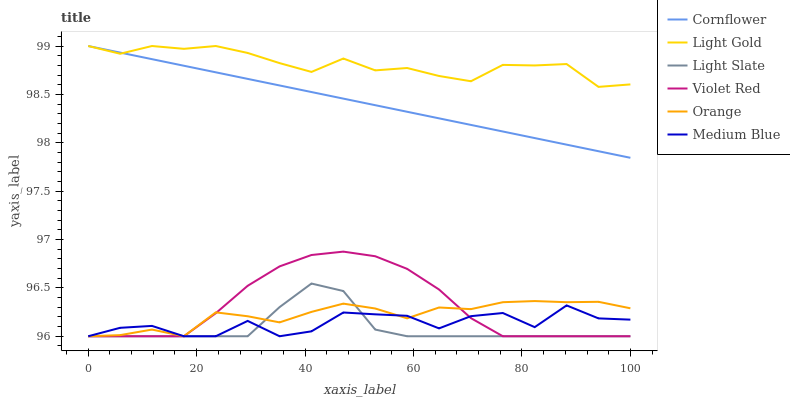
| xaxis_label | Cornflower | Light Gold | Light Slate | Violet Red | Orange | Medium Blue |
 | --- | --- | --- | --- | --- | --- | --- |
 | 0 | 99 | 99 | 96 | 96 | 96 | 96 |
 | 5.88 | 98.9 | 98.9 | 96 | 96 | 96 | 96.1 |
 | 11.8 | 98.9 | 99 | 96 | 96 | 96.1 | 96.1 |
 | 17.6 | 98.8 | 99 | 96 | 96 | 96 | 96 |
 | 23.5 | 98.7 | 99 | 96 | 96.2 | 96.2 | 96 |
 | 29.4 | 98.7 | 98.9 | 96 | 96.5 | 96.2 | 96.2 |
 | 35.3 | 98.6 | 98.8 | 96.3 | 96.7 | 96.1 | 96 |
 | 41.2 | 98.5 | 98.7 | 96.5 | 96.8 | 96.3 | 96.1 |
 | 47.1 | 98.5 | 98.9 | 96.5 | 96.9 | 96.3 | 96.2 |
 | 52.9 | 98.4 | 98.7 | 96.1 | 96.8 | 96.3 | 96.2 |
 | 58.8 | 98.3 | 98.8 | 96 | 96.7 | 96.2 | 96.2 |
 | 64.7 | 98.3 | 98.7 | 96 | 96.5 | 96.3 | 96.1 |
 | 70.6 | 98.2 | 98.6 | 96 | 96.2 | 96.3 | 96.2 |
 | 76.5 | 98.1 | 98.8 | 96 | 96 | 96.4 | 96.2 |
 | 82.4 | 98 | 98.8 | 96 | 96 | 96.4 | 96.1 |
 | 88.2 | 98 | 98.8 | 96 | 96 | 96.4 | 96.3 |
 | 94.1 | 97.9 | 98.6 | 96 | 96 | 96.4 | 96.2 |
 | 100 | 97.8 | 98.6 | 96 | 96 | 96.3 | 96.2 |